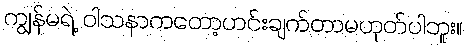
ကျွန်မရဲ့ ဝါသနာကတော့ဟင်းချက်တာမဟုတ်ပါဘူး။